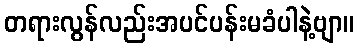
တရားလွန်လည်းအပင်ပန်းမခံပါနဲ့ဗျာ။